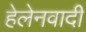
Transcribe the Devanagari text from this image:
हेलेनवादी